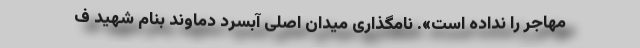
مهاجر را نداده است». نامگذاری میدان اصلی آبسرد دماوند بنام شهید ف